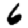
Digit: 6